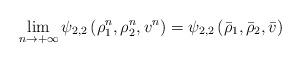
LaTeX: \begin{align*} \lim_{n \to + \infty}\psi_{2,2}\left(\rho_1^n, \rho_2^n, v^n\right) = \psi_{2,2}\left(\bar \rho_1, \bar \rho_2, \bar v\right) \end{align*}